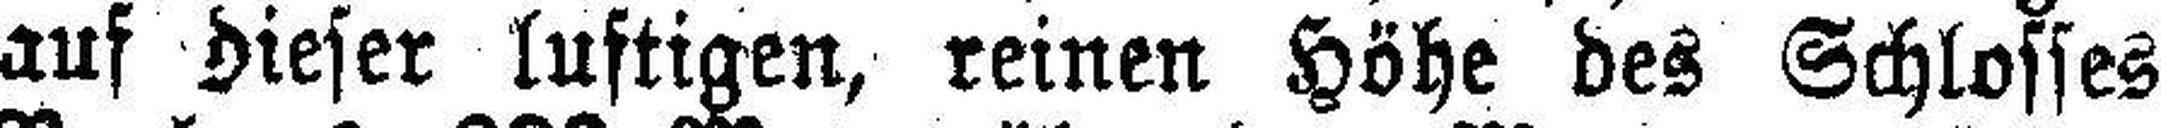
auf dieser luftigen, reinen Höhe des Schlosses